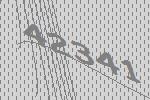
42341